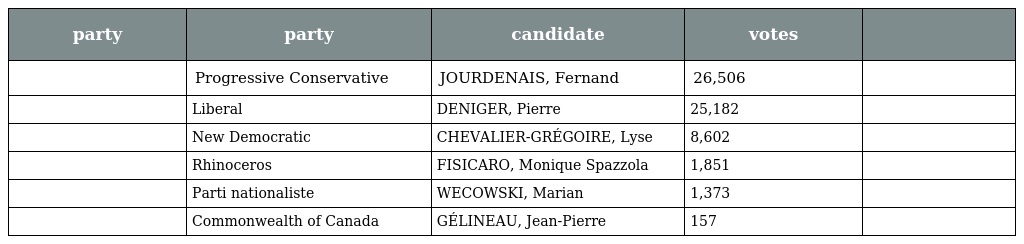
| party | party | candidate | votes |  |
 | --- | --- | --- | --- | --- |
 |  | Progressive Conservative | JOURDENAIS, Fernand | 26,506 |  |
 |  | Liberal | DENIGER, Pierre | 25,182 |  |
 |  | New Democratic | CHEVALIER-GRÉGOIRE, Lyse | 8,602 |  |
 |  | Rhinoceros | FISICARO, Monique Spazzola | 1,851 |  |
 |  | Parti nationaliste | WECOWSKI, Marian | 1,373 |  |
 |  | Commonwealth of Canada | GÉLINEAU, Jean-Pierre | 157 |  |